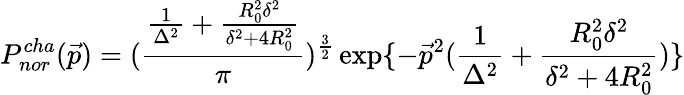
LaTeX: P_{nor}^{cha}(\vec{p})=(\frac{\frac{1}{\Delta^{2}}+\frac{R_{0}^{2}\delta^{2}}{\delta^{2}+4R_{0}^{2}}}{\pi})^{\frac{3}{2}}\exp\{ -\vec{p}^{2}(\frac{1}{\Delta^{2}}+\frac{R_{0}^{2}\delta^{2}}{\delta^{2}+4R_{0}^{2}})\}